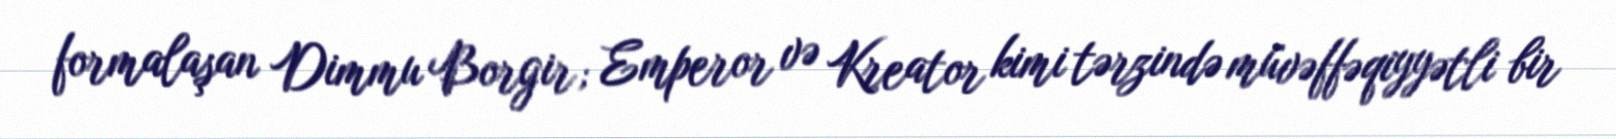
formalaşan Dimmu Borgir; Emperor və Kreator kimi tərzində müvəffəqiyyətli bir